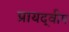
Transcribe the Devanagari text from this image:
प्रायद्‍वीप